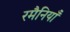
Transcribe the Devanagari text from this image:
रमैनियाँ